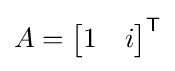
A={\begin{bmatrix}1&i\end{bmatrix}}^{\mathsf {T}}